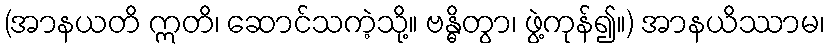
(အာနယတိ ဣတိ၊ ဆောင်သကဲ့သို့။ ဗန္ဓိတွာ၊ ဖွဲ့ကုန်၍။) အာနယိဿာမ၊